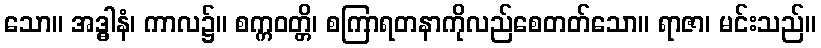
သော။ အဒ္ဓါနံ၊ ကာလ၌။ စက္ကဝတ္တိ၊ စကြာရတနာကိုလည်စေတတ်သော။ ရာဇာ၊ မင်းသည်။